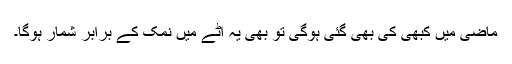
ماضی میں کبھی کی بھی گئی ہوگی تو بھی یہ آٹے میں نمک کے برابر شمار ہوگا۔